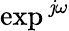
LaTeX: \exp^{\, \mathit{j}\omega}